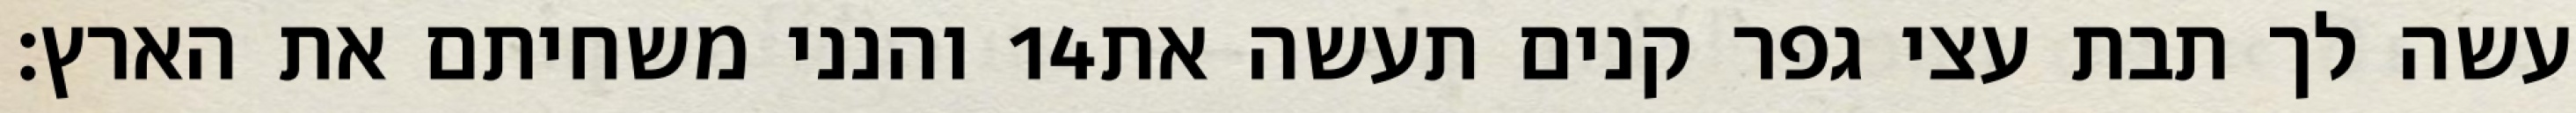
והנני משחיתם את הארץ׃ ‎14‏ עשה לך תבת עצי גפר קנים תעשה את